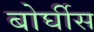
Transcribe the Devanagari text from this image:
बोर्घीस